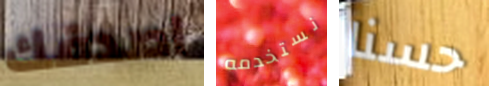
اصدقك نستخدمه حسنا